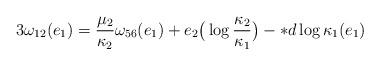
LaTeX: \begin{align*}3\omega_{12}(e_1)=\frac{\mu_2}{\kappa_2}\omega_{56}(e_1)+e_2\big(\log\frac{\kappa_2}{\kappa_1}\big)-*d\log\kappa_1(e_1)\end{align*}